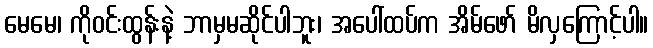
မေမေ၊ ကိုဝင်းထွန်းနဲ့ ဘာမှမဆိုင်ပါဘူး၊ အပေါ်ထပ်က အိမ်ဖော် မိလှကြောင့်ပါ။